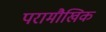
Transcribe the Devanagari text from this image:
परामौखिक